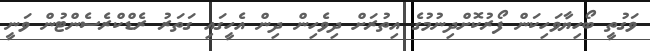
ވަގުތީ ބޯހިޔާވަހިކަން ފޯރުކޮށްދިނުމުގެ އިތުރަށް ދިވެހިން ދިން އެހީގައި ގަތަރު ރެޑްކްރެސެންޓުން ވަނީ